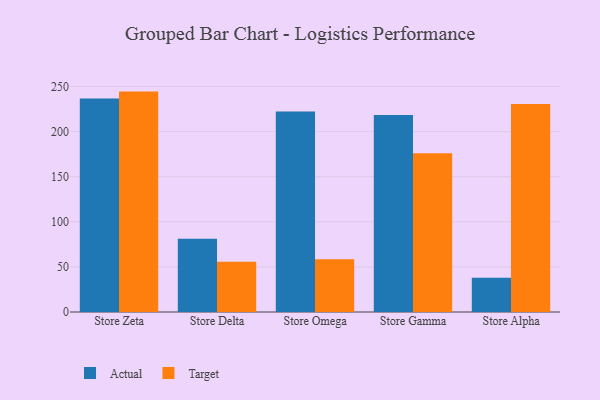
{"axis": {"x": "Store", "y": "Tickets Resolved"}, "legend": ["Actual", "Target"], "data": [{"x": "Store Zeta", "y": 236.7, "type": "Actual"}, {"x": "Store Zeta", "y": 244.3, "type": "Target"}, {"x": "Store Delta", "y": 81.2, "type": "Actual"}, {"x": "Store Delta", "y": 55.6, "type": "Target"}, {"x": "Store Omega", "y": 222.2, "type": "Actual"}, {"x": "Store Omega", "y": 58.4, "type": "Target"}, {"x": "Store Gamma", "y": 218.5, "type": "Actual"}, {"x": "Store Gamma", "y": 176.1, "type": "Target"}, {"x": "Store Alpha", "y": 38.0, "type": "Actual"}, {"x": "Store Alpha", "y": 230.6, "type": "Target"}]}